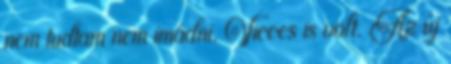
nem tudtam nem imádni. Vicces is volt. Az új